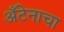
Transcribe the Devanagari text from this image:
अँटेनाचा